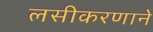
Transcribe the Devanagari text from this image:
लसीकरणाने